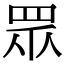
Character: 眾